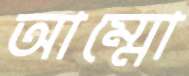
আম্মো